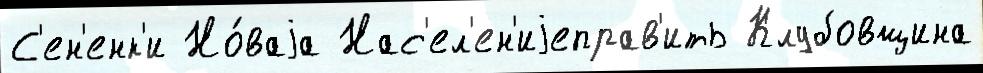
С'ен'енк'и Но́ваjа Нас'ел'ен'иjеправ'ить Клубовщина